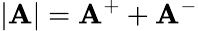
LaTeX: |\mathbf{A}|=\mathbf{A}^{+}+\mathbf{A}^{-}